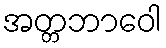
အတ္တဘာဝေါ